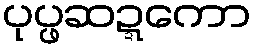
ပုပ္ဖဆဍ္ဍကော